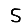
Digit: 5